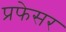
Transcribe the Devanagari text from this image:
प्रफेसर